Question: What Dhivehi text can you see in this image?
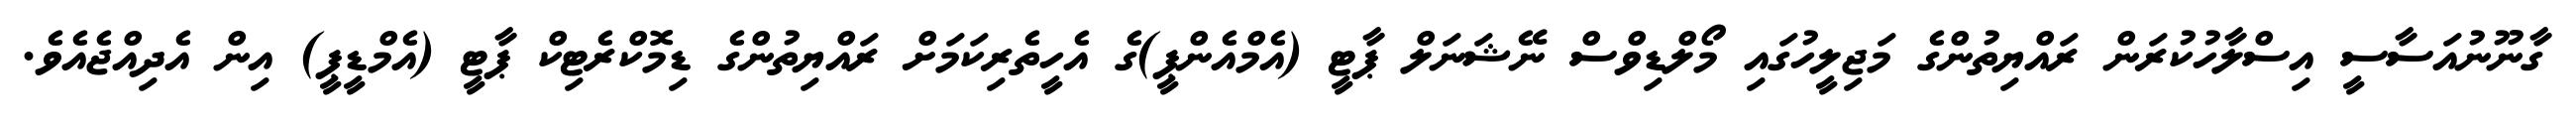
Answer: ގާނޫނުއަސާސީ އިސްލާހުކުރަން ރައްޔިތުންގެ މަޖިލީހުގައި މޯލްޑިވްސް ނޭޝަނަލް ޕާޓީ (އެމްއެންޕީ)ގެ އެހީތެރިކަމަށް ރައްޔިތުންގެ ޑިމޮކްރެޓިކް ޕާޓީ (އެމްޑީޕީ) އިން އެދިއްޖެއެވެ.